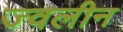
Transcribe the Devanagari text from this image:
ज्वलीन